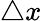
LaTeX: \triangle x